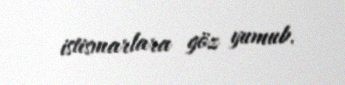
istismarlara göz yumub.